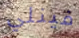
فينلي